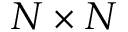
N \times N